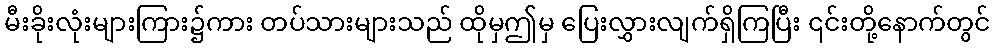
မီးခိုးလုံးများကြား၌ကား တပ်သားများသည် ထိုမှဤမှ ပြေးလွှားလျက်ရှိကြပြီး ၎င်းတို့နောက်တွင်